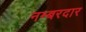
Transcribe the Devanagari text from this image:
नम्बरदार